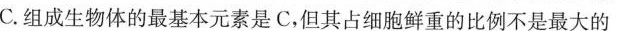
C.组成生物体的最基本元素是C，但其占细胞鲜重的比例不是最大的